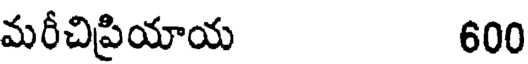
మరీచిప్రియాయ 600